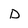
Character: D